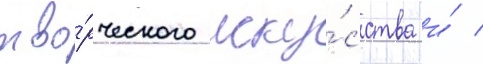
тво́рческого иску́сства и́ /